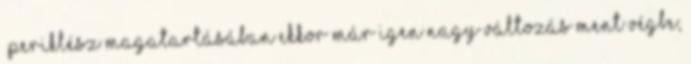
„Periklész magatartásában ekkor már igen nagy változás ment végbe;